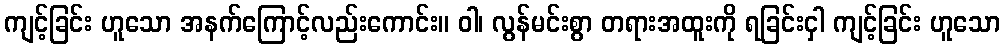
ကျင့်ခြင်း ဟူသော အနက်ကြောင့်လည်းကောင်း။ ဝါ၊ လွန်မင်းစွာ တရားအထူးကို ရခြင်းငှါ ကျင့်ခြင်း ဟူသော